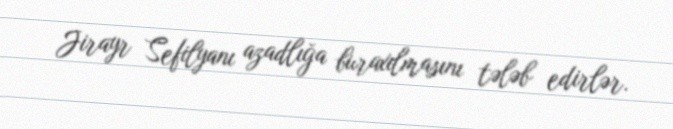
Jirayr Sefilyanı azadlığa buraxılmasını tələb edirlər.